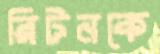
রিটনকে